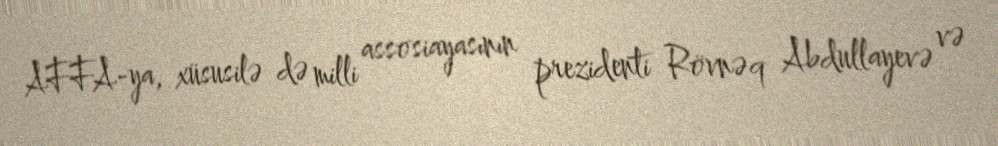
AFFA-ya, xüsusilə də milli assosiayasının prezidenti Rövnəq Abdullayevə və